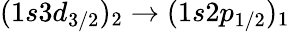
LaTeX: (1s3d_{3/2})_{2}\to(1s2p_{1/2})_{1}